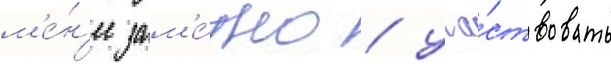
м'е́н'ее зам'е́тно / уча́ствовать